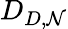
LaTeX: D_{D,\mathcal{N}}